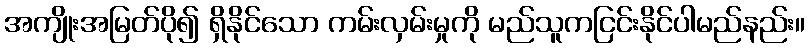
အကျိုးအမြတ်ပို၍ ရှိနိုင်သော ကမ်းလှမ်းမှုကို မည်သူကငြင်းနိုင်ပါမည်နည်း။